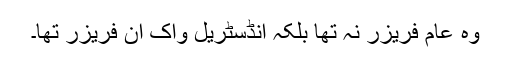
وہ عام فریزر نہ تھا بلکہ انڈسٹریل واک ان فریزر تھا۔